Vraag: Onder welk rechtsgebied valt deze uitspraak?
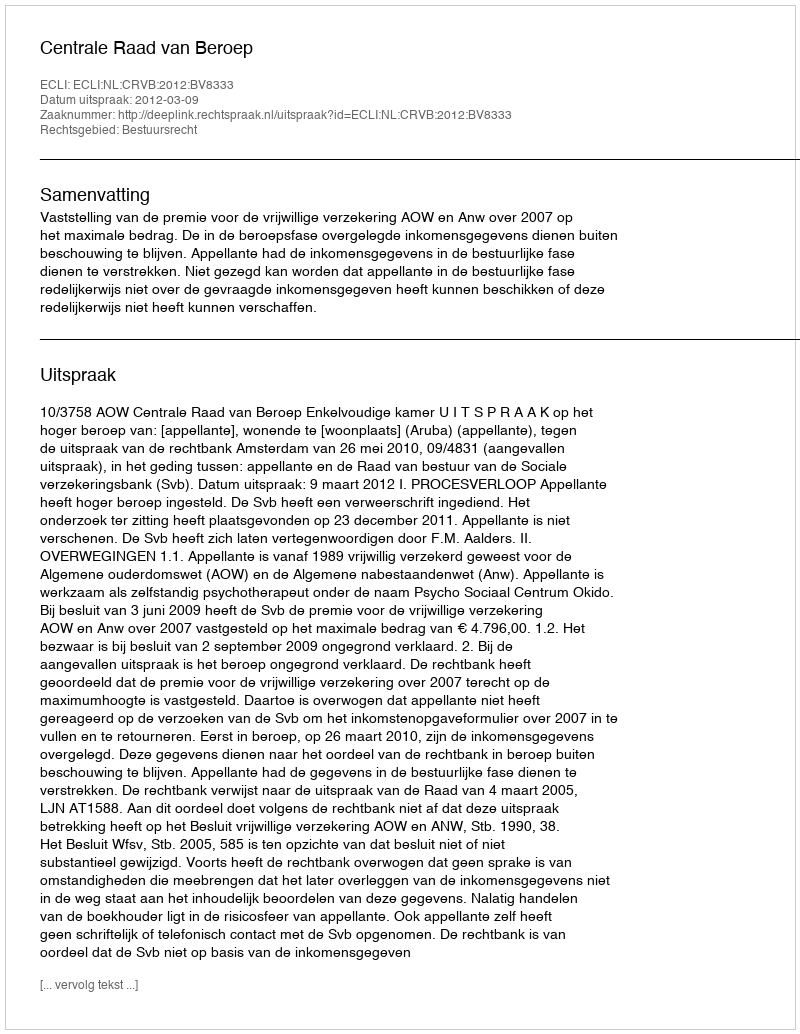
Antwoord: Bestuursrecht